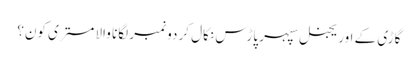
گاڑی کے اوریجنل سپہر پاڑس نکال کر دو نمبر لگانا والا مستری کون؟